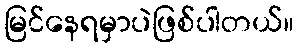
မြင်နေရမှာပဲဖြစ်ပါတယ်။